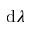
\mathrm { d } \lambda